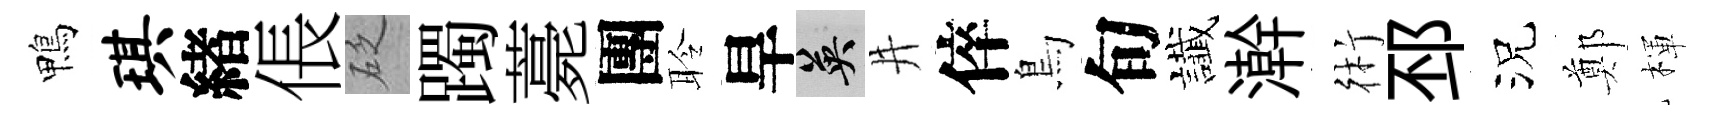
鴨琪緖倀砭躅薧團聆旱英井倅鳥旬䜟澣術邳況鄭楎